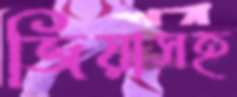
জিয়াসহ